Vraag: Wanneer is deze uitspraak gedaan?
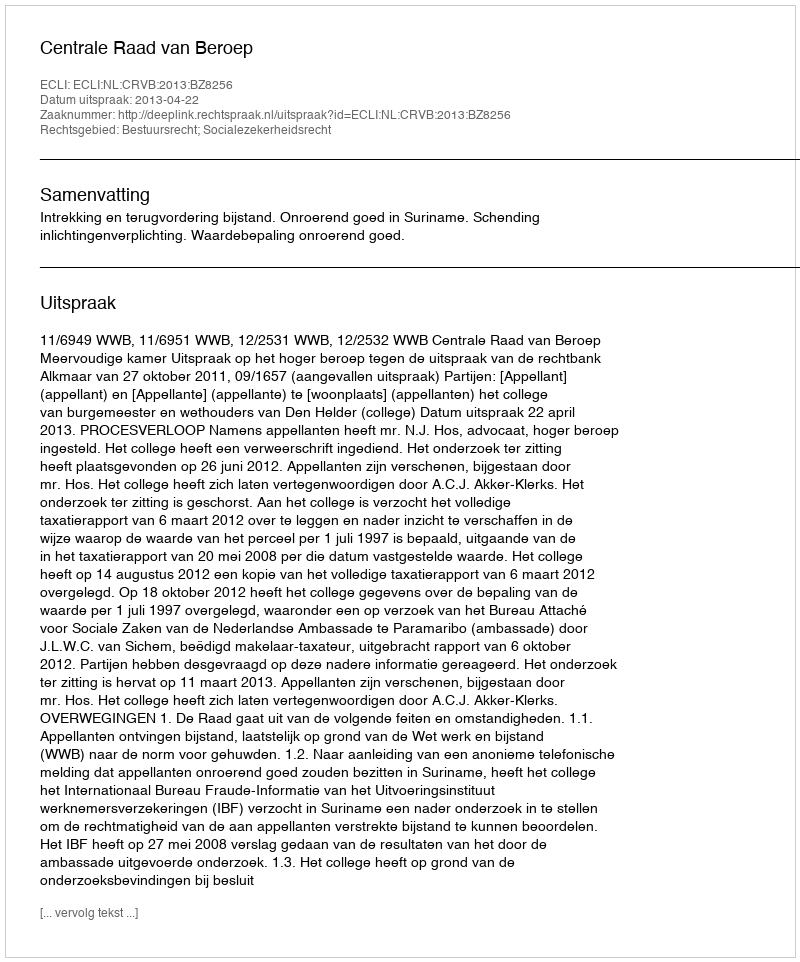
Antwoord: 2013-04-22